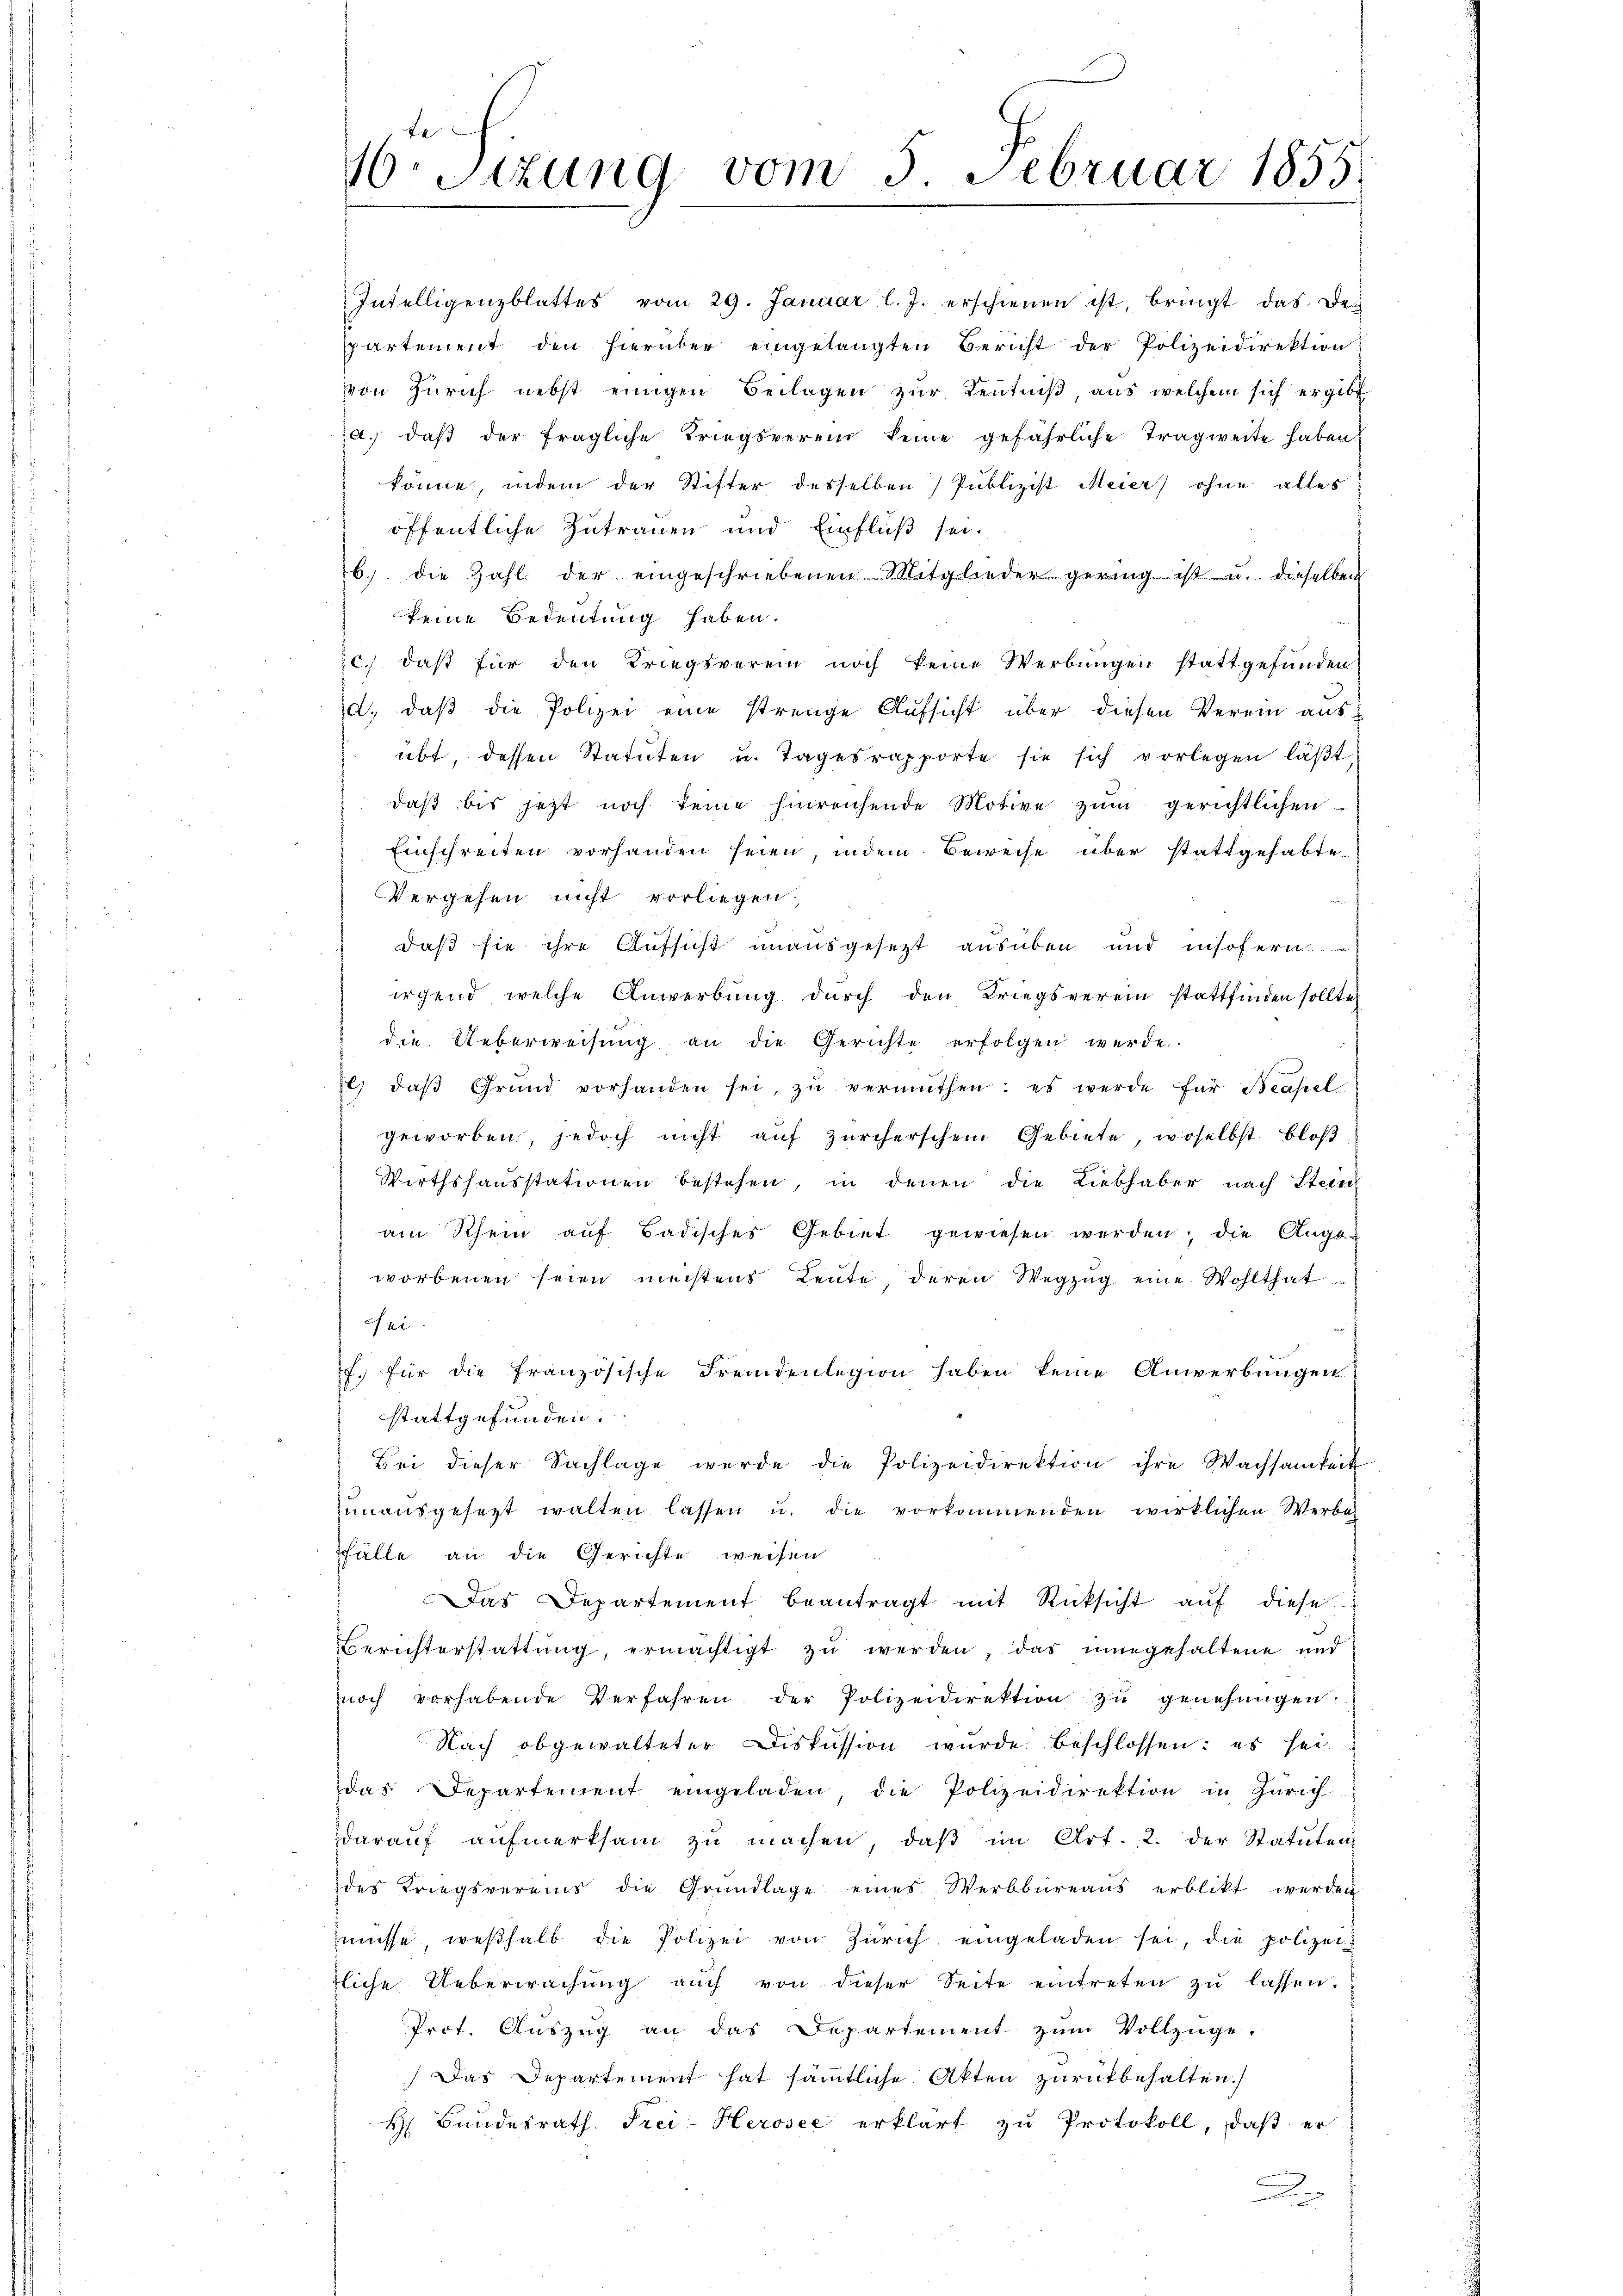
e
16. Sitzung vom 5. Februar 1855

Intelligenzblattes vom 29. Januar l. J. erschienen ist, bringt das Dec
ppartement den hierüber eingelangten Bericht der Polizeidirektion
von Zürich nebst einigen Beilagen zur Kentniß aus welchem sich ergibt
a. daβ der fragliche Triegsverein keine gefährliche Tragweite haben
könne, indem der Stifter desselben Publizist Meier ohne alles
öffentliche Zutrauen und Einfluß sei.
6. die Zahl der eingeschriebenen Mitglieder gering ist u. dieselben
keine Bedeutung haben.
c. daβ für den Kriegsverein noch keine Werbungen stattgefunden
d) daß die Polizei eine strenge Aufsicht über diesen Verein aus-
übt, dessen Statuten u. Tagesrapporte sie sich vorlegen läβt,
daβ bis jetzt noch keine hinreichende Motive zŭm gerichtlichen
Einschreiten vorhanden seien, indem Beweise über stattgehabten
Vergehen nicht vorliegen.
daß sie ihre Aufsicht unausgesetzt ausüben und insofern
irgend welche Anwerbung durch den Kriegsverein stattfinden sollte,
die. Ueberweisŭng an die Gerichte erfolgen werde.
l. daβ Grŭnd vorhanden sei, zŭ vermuthen: es werde für Beapel-
geworben, jedoch nicht auf Zürcherschein Gebiete, woselbst bloß
Wirthshausstationen bestehen, in denen die Liebhaber nach Stein
am Rhein auf Badisches Gebiet gewiesen werden; die Augs
worbenen seien meistens Leute, deren Wegzŭg eine Wohlthat
Fei
f. für die französische Fremdenlegion haben keine Anwerbungen
stattgefunden.
Bei dieser Sachlage werde die Polizeidirektion ihre Wachsamkeit
zŭnaŭsgesetzt walten lassen u. die vorkommenden wirklichen Werbah
ffälle an die Gerichte weisen
Das Departement beantragt mit Rücksicht aŭf diese
Berichterstattŭng, ermächtigt zŭ werden, das eingehaltene und
noch vorhabende Verfahren der Polizeidirektion zu genehmigen:
Nach obgewalteter Diskussion wurde beschlossen: es sei
das Departement eingeladen die Polizeidirektion in Zürich
darauf aufmerksam zu machen, daß im Art. 2. der Statuten
des Kriegsvereins die Grŭndlage eines Werbbüreaŭs erblikt werden
müsse, weshalb die Polizei von Zürich eingeladen sei, die polizei
liche Ueberwachŭng aŭch von dieser Seite eintreten zŭ lassen.
Prot. Aŭszŭg an das Departement zŭm Vollzüge.
Das Departement hat sämmtliche Akten zurückbehalten.)
H Bundesrath Frei-Herosee erklärt zu Protokoll, daß er
x